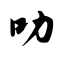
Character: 叻